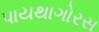
પાયથાગોરસ